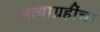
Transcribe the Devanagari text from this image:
सत्याग्रहींचा